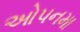
ઓપનમા